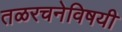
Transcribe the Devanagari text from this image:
तळरचनेविषयी